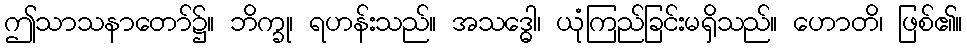
ဤသာသနာတော်၌။ ဘိက္ခု၊ ရဟန်းသည်။ အသဒ္ဓေါ၊ ယုံကြည်ခြင်းမရှိသည်။ ဟောတိ၊ ဖြစ်၏။